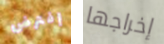
إفترض إخراجها